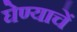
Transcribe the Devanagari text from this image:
घेण्याचें